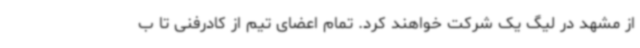
از مشهد در لیگ یک شرکت خواهند کرد. تمام اعضای تیم از کادرفنی تا ب